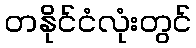
တနိုင်ငံလုံးတွင်